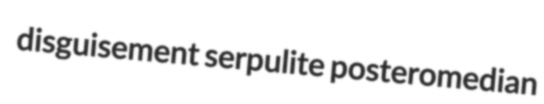
disguisement serpulite posteromedian